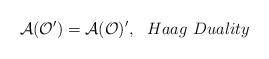
LaTeX: \begin{align*}\mathcal{A}(\mathcal{O}^{\prime })=\mathcal{A}(\mathcal{O})^{\prime},\,\,\,\,Haag\,\,Duality\end{align*}